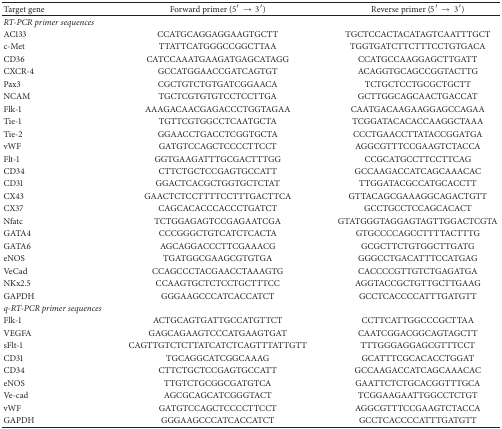
<table><thead><tr><td><b>Target gene</b></td><td><b>Forward primer (5′ → 3′)</b></td><td><b>Reverse primer (5′ → 3′)</b></td></tr></thead><tbody><tr><td><i>RT-PCR primer sequences </i></td><td> </td><td> </td></tr><tr><td>AC133 </td><td>CCATGCAGGAGGAAGTGCTT </td><td>TGCTCCACTACATAGTCAATTTGCT </td></tr><tr><td>c-Met </td><td>TTATTCATGGGCCGGCTTAA </td><td>TGGTGATCTTCTTTCCTGTGACA </td></tr><tr><td>CD36 </td><td>CATCCAAATGAAGATGAGCATAGG </td><td>CCATGCCAAGGAGCTTGATT </td></tr><tr><td>CXCR-4 </td><td>GCCATGGAACCGATCAGTGT </td><td>ACAGGTGCAGCCGGTACTTG </td></tr><tr><td>Pax3 </td><td>CGCTGTCTGTGATCGGAACA </td><td>TCTGCTCCTGCGCTGCTT </td></tr><tr><td>NCAM </td><td>TGCTCGTGTGTCCTCCTTGA </td><td>GCTTGGCAGCAACTGACCAT </td></tr><tr><td>Flk-1 </td><td>AAAGACAACGAGACCCTGGTAGAA </td><td>CAATGACAAGAAGGAGCCAGAA</td></tr><tr><td>Tie-1 </td><td>TGTTCGTGGCCTCAATGCTA </td><td>TCGGATACACACCAAGGCTAAA </td></tr><tr><td>Tie-2 </td><td>GGAACCTGACCTCGGTGCTA </td><td>CCCTGAACCTTATACCGGATGA </td></tr><tr><td>vWF </td><td>GATGTCCAGCTCCCCTTCCT </td><td>AGGCGTTTCCGAAGTCTACCA </td></tr><tr><td>Flt-1 </td><td>GGTGAAGATTTGCGACTTTGG </td><td>CCGCATGCCTTCCTTCAG </td></tr><tr><td>CD34 </td><td>CTTCTGCTCCGAGTGCCATT </td><td>GCCAAGACCATCAGCAAACAC</td></tr><tr><td>CD31 </td><td>GGACTCACGCTGGTGCTCTAT </td><td>TTGGATACGCCATGCACCTT </td></tr><tr><td>CX43 </td><td>GAACTCTCCTTTTCCTTTGACTTCA </td><td>GTTACAGCGAAAGGCAGACTGTT </td></tr><tr><td>CX37 </td><td>CAGCACACCCACCCTGATCT </td><td>GCCTGCCTCCAGCACACT </td></tr><tr><td>Nfatc </td><td>TCTGGAGAGTCCGAGAATCGA </td><td>GTATGGGTAGGAGTAGTTGGACTCGTA</td></tr><tr><td>GATA4 </td><td>CCCGGGCTGTCATCTCACTA </td><td>GTGCCCCAGCCTTTTACTTTG</td></tr><tr><td>GATA6 </td><td>AGCAGGACCCTTCGAAACG </td><td>GCGCTTCTGTGGCTTGATG </td></tr><tr><td>eNOS </td><td>TGATGGCGAAGCGTGTGA </td><td>GGGCCTGACATTTCCATGAG </td></tr><tr><td>VeCad </td><td>CCAGCCCTACGAACCTAAAGTG </td><td>CACCCCGTTGTCTGAGATGA </td></tr><tr><td>NKx2.5 </td><td>CCAAGTGCTCTCCTGCTTTCC </td><td>AGGTACCGCTGTTGCTTGAAG </td></tr><tr><td>GAPDH </td><td>GGGAAGCCCATCACCATCT </td><td>GCCTCACCCCATTTGATGTT </td></tr><tr><td><i>q-RT-PCR primer sequences </i></td><td> </td><td> </td></tr><tr><td>Flk-1 </td><td>ACTGCAGTGATTGCCATGTTCT </td><td>CCTTCATTGGCCCGCTTAA </td></tr><tr><td>VEGFA </td><td>GAGCAGAAGTCCCATGAAGTGAT </td><td>CAATCGGACGGCAGTAGCTT </td></tr><tr><td>sFlt-1 </td><td>CAGTTGTCTCTTATCATCTCAGTTTATTGTT </td><td>TTTGGGAGGAGCGTTTCCT </td></tr><tr><td>CD31 </td><td>TGCAGGCATCGGCAAAG </td><td>GCATTTCGCACACCTGGAT </td></tr><tr><td>CD34 </td><td>CTTCTGCTCCGAGTGCCATT </td><td>GCCAAGACCATCAGCAAACAC</td></tr><tr><td>eNOS </td><td>TTGTCTGCGGCGATGTCA </td><td>GAATTCTCTGCACGGTTTGCA </td></tr><tr><td>Ve-cad </td><td>AGCGCAGCATCGGGTACT </td><td>TCGGAAGAATTGGCCTCTGT </td></tr><tr><td>vWF </td><td>GATGTCCAGCTCCCCTTCCT </td><td>AGGCGTTTCCGAAGTCTACCA </td></tr><tr><td>GAPDH </td><td>GGGAAGCCCATCACCATCT </td><td>GCCTCACCCCATTTGATGTT </td></tr></tbody></table>